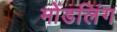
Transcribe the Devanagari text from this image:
मोंडलिंग